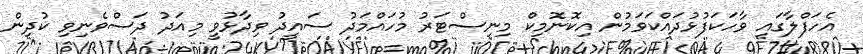
އެހަފްލާގައި ވާހަކަފުޅުދައްކަވަމުން އިކޮނޮމިކް މިނިސްޓަރު މުހައްމަދު ސައީދު ވިދާޅުވީ މިއަދު ދަސްވެނިވި ކުދިން